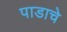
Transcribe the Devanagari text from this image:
पाडाचे